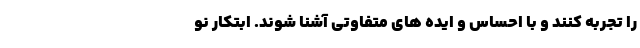
را تجربه کنند و با احساس و ایده های متفاوتی آشنا شوند. ابتکار نو